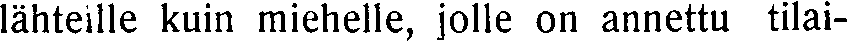
lähteille kuin miehelle, jolle on annettu tilai-